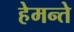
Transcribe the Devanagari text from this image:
हेमन्ते